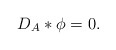
\begin{align*}D_A*\phi=0.\end{align*}